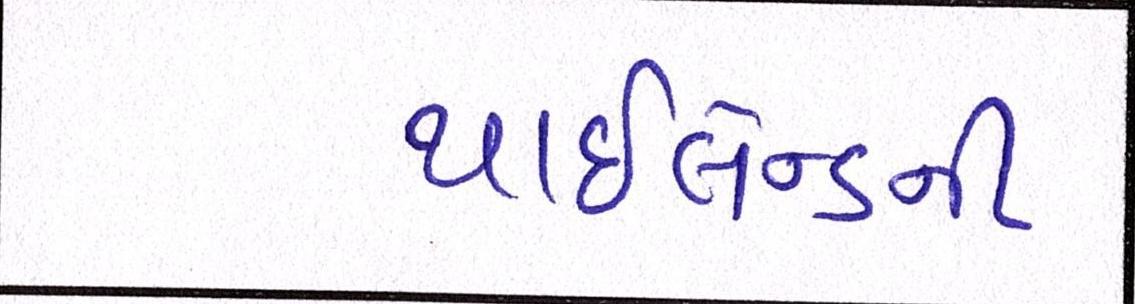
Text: થાઇલેન્ડની